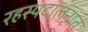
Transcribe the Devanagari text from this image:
रहस्यदालनात